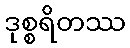
ဒုစ္စရိတဿ